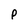
Character: P